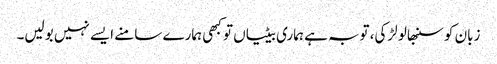
زبان کو سنبھالو لڑکی، توبہ ہے ہماری بیٹیاں تو کبھی ہمارے سامنے ایسے نہیں بولیں۔